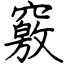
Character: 竅